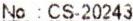
NO : CS-20243